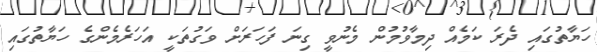
ހަޔާތުގައި ދެރަ ކަމެއް ދިމާވުމުން މެނުވީ ގިނަ ފަހަރަށް ވަގުތަކީ އަހަރެމެންގެ ހަޔާތުގައި